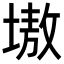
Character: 𡏼